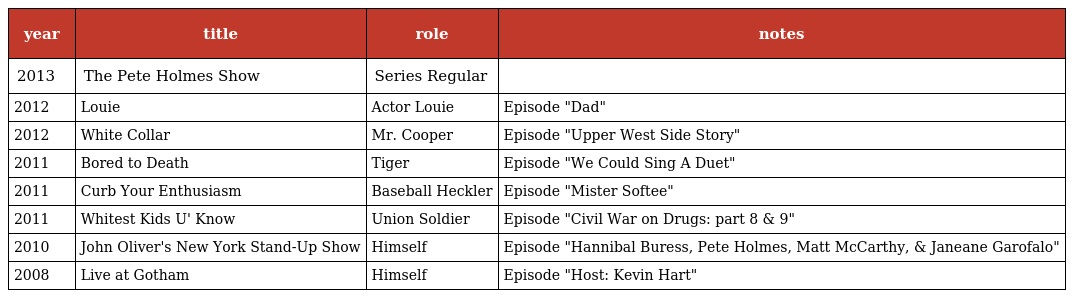
| year | title | role | notes |
 | --- | --- | --- | --- |
 | 2013 | The Pete Holmes Show | Series Regular |  |
 | 2012 | Louie | Actor Louie | Episode "Dad" |
 | 2012 | White Collar | Mr. Cooper | Episode "Upper West Side Story" |
 | 2011 | Bored to Death | Tiger | Episode "We Could Sing A Duet" |
 | 2011 | Curb Your Enthusiasm | Baseball Heckler | Episode "Mister Softee" |
 | 2011 | Whitest Kids U' Know | Union Soldier | Episode "Civil War on Drugs: part 8 & 9" |
 | 2010 | John Oliver's New York Stand-Up Show | Himself | Episode "Hannibal Buress, Pete Holmes, Matt McCarthy, & Janeane Garofalo" |
 | 2008 | Live at Gotham | Himself | Episode "Host: Kevin Hart" |